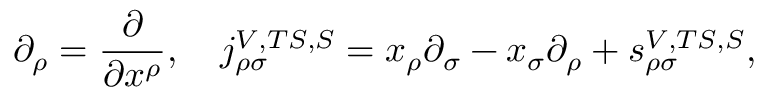
\partial _ { \rho } = \frac \partial { \partial x ^ { \rho } } , \quad j _ { \rho \sigma } ^ { V , T S , S } = x _ { \rho } \partial _ { \sigma } - x _ { \sigma } \partial _ { \rho } + s _ { \rho \sigma } ^ { V , T S , S } ,